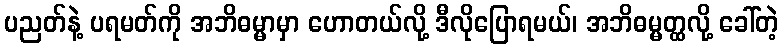
ပညတ်နဲ့ ပရမတ်ကို အဘိဓမ္မာမှာ ဟောတယ်လို့ ဒီလိုပြောရမယ်၊ အဘိဓမ္မတ္ထလို့ ခေါ်တဲ့